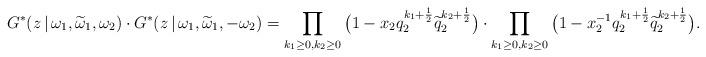
LaTeX: \begin{align*}G^*(z\,|\,\omega_1,\widetilde\omega_1,\omega_2)\cdot G^*(z\,|\,\omega_1,\widetilde\omega_1,-\omega_2)= \prod_{k_1\geq 0, k_2\geq 0} \big(1-x_2 q_2^{k_1+\frac{1}{2}}\widetilde{q}_2^{k_2+\frac{1}{2}}\big)\cdot\prod_{k_1\geq 0, k_2\geq 0} \big(1-x_2^{-1} q_2^{k_1+\frac{1}{2}}\widetilde{q}_2^{k_2+\frac{1}{2}}\big).\end{align*}